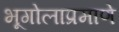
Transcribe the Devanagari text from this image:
भूगोलाप्रमाणे